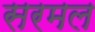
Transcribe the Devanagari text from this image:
सरमल